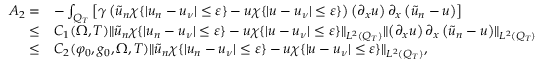
\begin{array} { r l } { A _ { 2 } = } & { - \int _ { Q _ { T } } \left[ \gamma \left( \tilde { u } _ { n } \chi \{ | u _ { n } - u _ { \nu } | \leq \varepsilon \} - u \chi \{ | u - u _ { \nu } | \leq \varepsilon \} \right) \left( \partial _ { x } u \right) \partial _ { x } \left( \tilde { u } _ { n } - u \right) \right] } \\ { \leq } & { C _ { 1 } ( \Omega , T ) \lVert \tilde { u } _ { n } \chi \{ | u _ { n } - u _ { \nu } | \leq \varepsilon \} - u \chi \{ | u - u _ { \nu } | \leq \varepsilon \} \rVert _ { L ^ { 2 } ( Q _ { T } ) } \lVert \left( \partial _ { x } u \right) \partial _ { x } \left( \tilde { u } _ { n } - u \right) \rVert _ { L ^ { 2 } ( Q _ { T } ) } } \\ { \leq } & { C _ { 2 } ( \varphi _ { 0 } , g _ { 0 } , \Omega , T ) \lVert \tilde { u } _ { n } \chi \{ | u _ { n } - u _ { \nu } | \leq \varepsilon \} - u \chi \{ | u - u _ { \nu } | \leq \varepsilon \} \rVert _ { L ^ { 2 } ( Q _ { T } ) } , } \end{array}